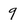
Character: 9